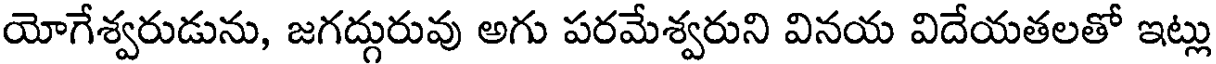
యోగేశ్వరుడును, జగద్గురువు అగు పరమేశ్వరుని వినయ విదేయతలతో ఇట్లు